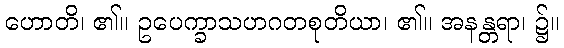
ဟောတိ၊ ၏။ ဥပေက္ခာသဟဂတစုတိယာ၊ ၏။ အနန္တရာ၊ ၌။